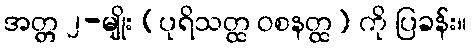
အတ္တ ၂-မျိုး (ပုရိသတ္ထ ဝစနတ္ထ) ကို ပြခန်း။